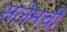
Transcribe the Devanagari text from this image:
सलेमची